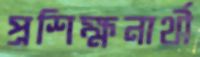
প্রশিক্ষনার্থী